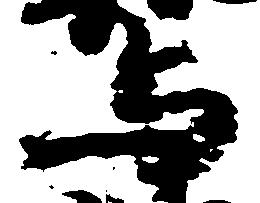
与